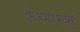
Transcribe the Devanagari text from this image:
फैजमहंमदखाँ